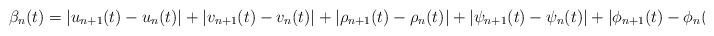
LaTeX: \begin{align*}\beta_{n}(t)=|u_{n+1}(t)-u_{n}(t)|+|v_{n+1}(t)-v_{n}(t)|+|\rho_{n+1}(t)-\rho_{n}(t)|+|\psi_{n+1}(t)-\psi_{n}(t)|+|\phi_{n+1}(t)-\phi_{n}(t)|,\end{align*}